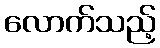
လောက်သည့်